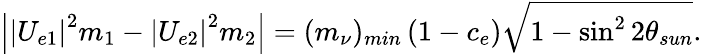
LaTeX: \left|\left|U_{e1}\right|^{2}m_{1}-\left|U_{e2}\right|^{2}m_{2}\right|=(m_{\nu})_{min}\left(1-c_{e}\right)\sqrt{1-\sin^{2}2\theta_{sun}}.